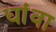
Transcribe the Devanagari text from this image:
धांवा